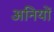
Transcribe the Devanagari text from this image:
अनियों